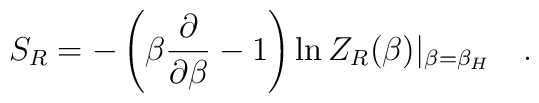
S_R=-\left(\beta{\partial \over \partial \beta}-1\right)\ln Z_R(\beta)|_{\beta=\beta_H}~~~.